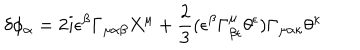
\delta \phi _ { \alpha } = 2 i \epsilon ^ { \beta } \Gamma _ { \mu \alpha \beta } X ^ { \mu } + \frac { 2 } { 3 } ( \epsilon ^ { \beta } \Gamma _ { \beta \epsilon } ^ { \mu } \theta ^ { \epsilon } ) \Gamma _ { \mu \alpha \kappa } \theta ^ { \kappa }